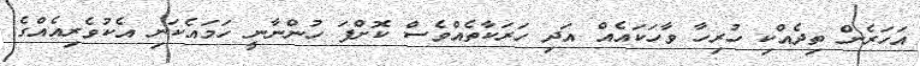
އަހަރެން ތިދެއްކި ހުރިހާ ވާހަކައެއް އަދި ހަރަކާތެއްވެސް ކޮށްފަ ހުންނާނީ ހަމައެކަނި އެކުވެރިއެއްގެ